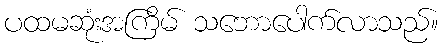
ပထမဆုံးအကြိမ် သဘောပေါက်လာသည်။